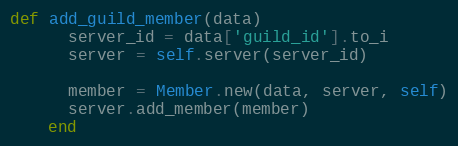
Language: Ruby
def add_guild_member(data)
      server_id = data['guild_id'].to_i
      server = self.server(server_id)

      member = Member.new(data, server, self)
      server.add_member(member)
    end